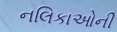
નલિકાઓની